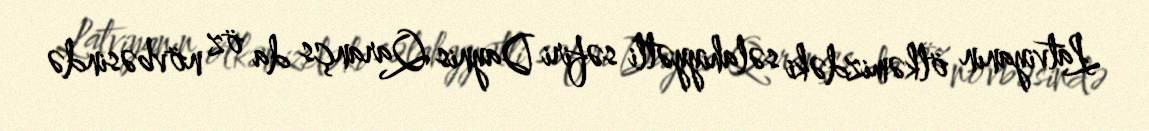
Latviyanın ölkəmizdəki səlahiyyətli səfiri Daynis Qarançs da öz növbəsində